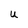
Character: U